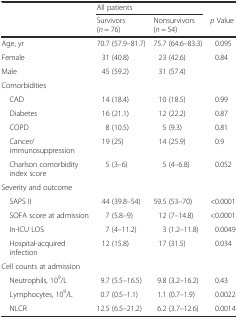
<table><thead><tr><td></td><td colspan="2"><b>All patients</b></td><td></td></tr><tr><td></td><td><b>Survivors (<i>n</i> = 76)</b></td><td><b>Nonsurvivors (<i>n</i> = 54)</b></td><td><b><i>p</i> Value</b></td></tr></thead><tbody><tr><td>Age, yr</td><td>70.7 (57.9–81.7)</td><td>75.7 (64.6–83.3)</td><td>0.095</td></tr><tr><td>Female</td><td>31 (40.8)</td><td>23 (42.6)</td><td>0.84</td></tr><tr><td>Male</td><td>45 (59.2)</td><td>31 (57.4)</td><td></td></tr><tr><td colspan="4">Comorbidities</td></tr><tr><td> CAD</td><td>14 (18.4)</td><td>10 (18.5)</td><td>0.99</td></tr><tr><td> Diabetes</td><td>16 (21.1)</td><td>12 (22.2)</td><td>0.87</td></tr><tr><td> COPD</td><td>8 (10.5)</td><td>5 (9.3)</td><td>0.81</td></tr><tr><td> Cancer/immunosuppression</td><td>19 (25)</td><td>14 (25.9)</td><td>0.9</td></tr><tr><td> Charlson comorbidity index score</td><td>5 (3–6)</td><td>5 (4–6.8)</td><td>0.052</td></tr><tr><td colspan="4">Severity and outcome</td></tr><tr><td> SAPS II</td><td>44 (39.8–54)</td><td>59.5 (53–70)</td><td>&lt;0.0001</td></tr><tr><td> SOFA score at admission</td><td>7 (5.8–9)</td><td>12 (7–14.8)</td><td>&lt;0.0001</td></tr><tr><td> In-ICU LOS</td><td>7 (4–11.2)</td><td>3 (1.2–11.8)</td><td>0.0049</td></tr><tr><td> Hospital-acquired infection</td><td>12 (15.8)</td><td>17 (31.5)</td><td>0.034</td></tr><tr><td colspan="4">Cell counts at admission</td></tr><tr><td> Neutrophils, 10<sup>9</sup>/L</td><td>9.7 (5.5–16.5)</td><td>9.8 (3.2–16.2)</td><td>0.43</td></tr><tr><td> Lymphocytes, 10<sup>9</sup>/L</td><td>0.7 (0.5–1.1)</td><td>1.1 (0.7–1.9)</td><td>0.0022</td></tr><tr><td> NLCR</td><td>12.5 (6.5–21.2)</td><td>6.2 (3.7–12.6)</td><td>0.0014</td></tr></tbody></table>